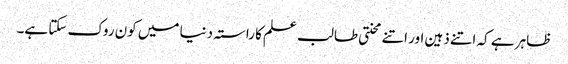
ظاہر ہے کہ اتنے ذہین اور اتنے محنتی طالب علم کا راستہ دنیا میں کون روک سکتا ہے۔